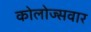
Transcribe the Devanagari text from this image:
कोलोज्सवार